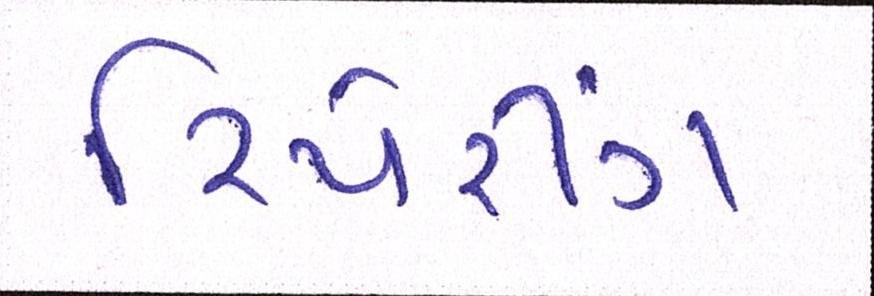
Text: રિપેરીંગ